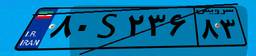
۸۰S۲۳۶۸۳